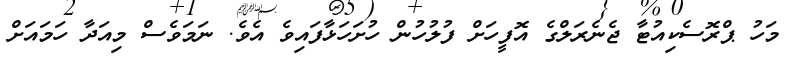
މަހު ޕްރޮސެކިއުޓާ ޖެނެރަލްގެ އޮފީހަށް ފުލުހުން ހުށަހަޅާފައިވެ އެވެ. ނަމަވެސް މިއަދާ ހަމައަށް